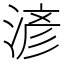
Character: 𣸥